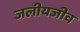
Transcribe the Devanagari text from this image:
जलीयजीव